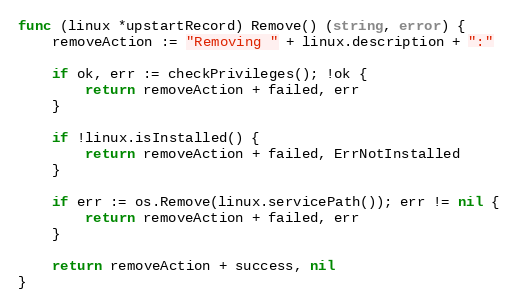
Language: Go
func (linux *upstartRecord) Remove() (string, error) {
	removeAction := "Removing " + linux.description + ":"

	if ok, err := checkPrivileges(); !ok {
		return removeAction + failed, err
	}

	if !linux.isInstalled() {
		return removeAction + failed, ErrNotInstalled
	}

	if err := os.Remove(linux.servicePath()); err != nil {
		return removeAction + failed, err
	}

	return removeAction + success, nil
}